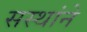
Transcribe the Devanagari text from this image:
सस्थांने